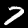
Digit: 7